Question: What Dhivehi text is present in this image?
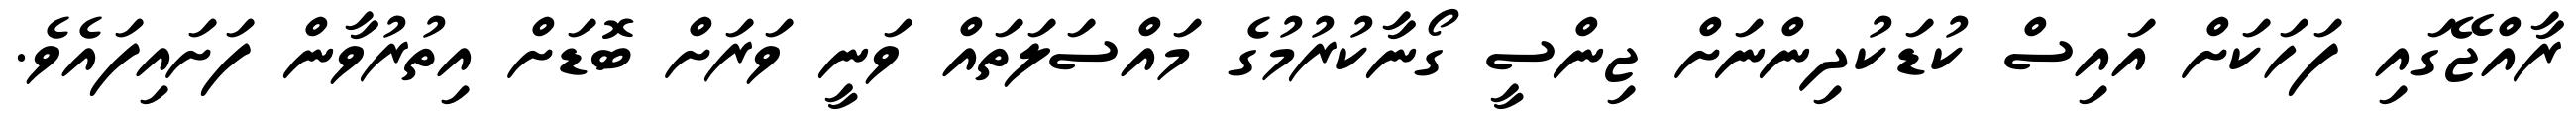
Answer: ރާއްޖޭގައި ފަހަކަށް އައިސް ކުޑަކުދިންނަށް ޖިންސީ ގޯނާކުރުމުގެ މައްސަލަތައް ވަނީ ވަރަށް ބޮޑަށް އިތުރުވާން ފަށައިފައެވެ.